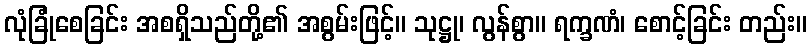
လုံခြုံစေခြင်း အစရှိသည်တို့၏ အစွမ်းဖြင့်။ သုဋ္ဌု၊ လွန်စွာ။ ရက္ခဏံ၊ စောင့်ခြင်း တည်း။